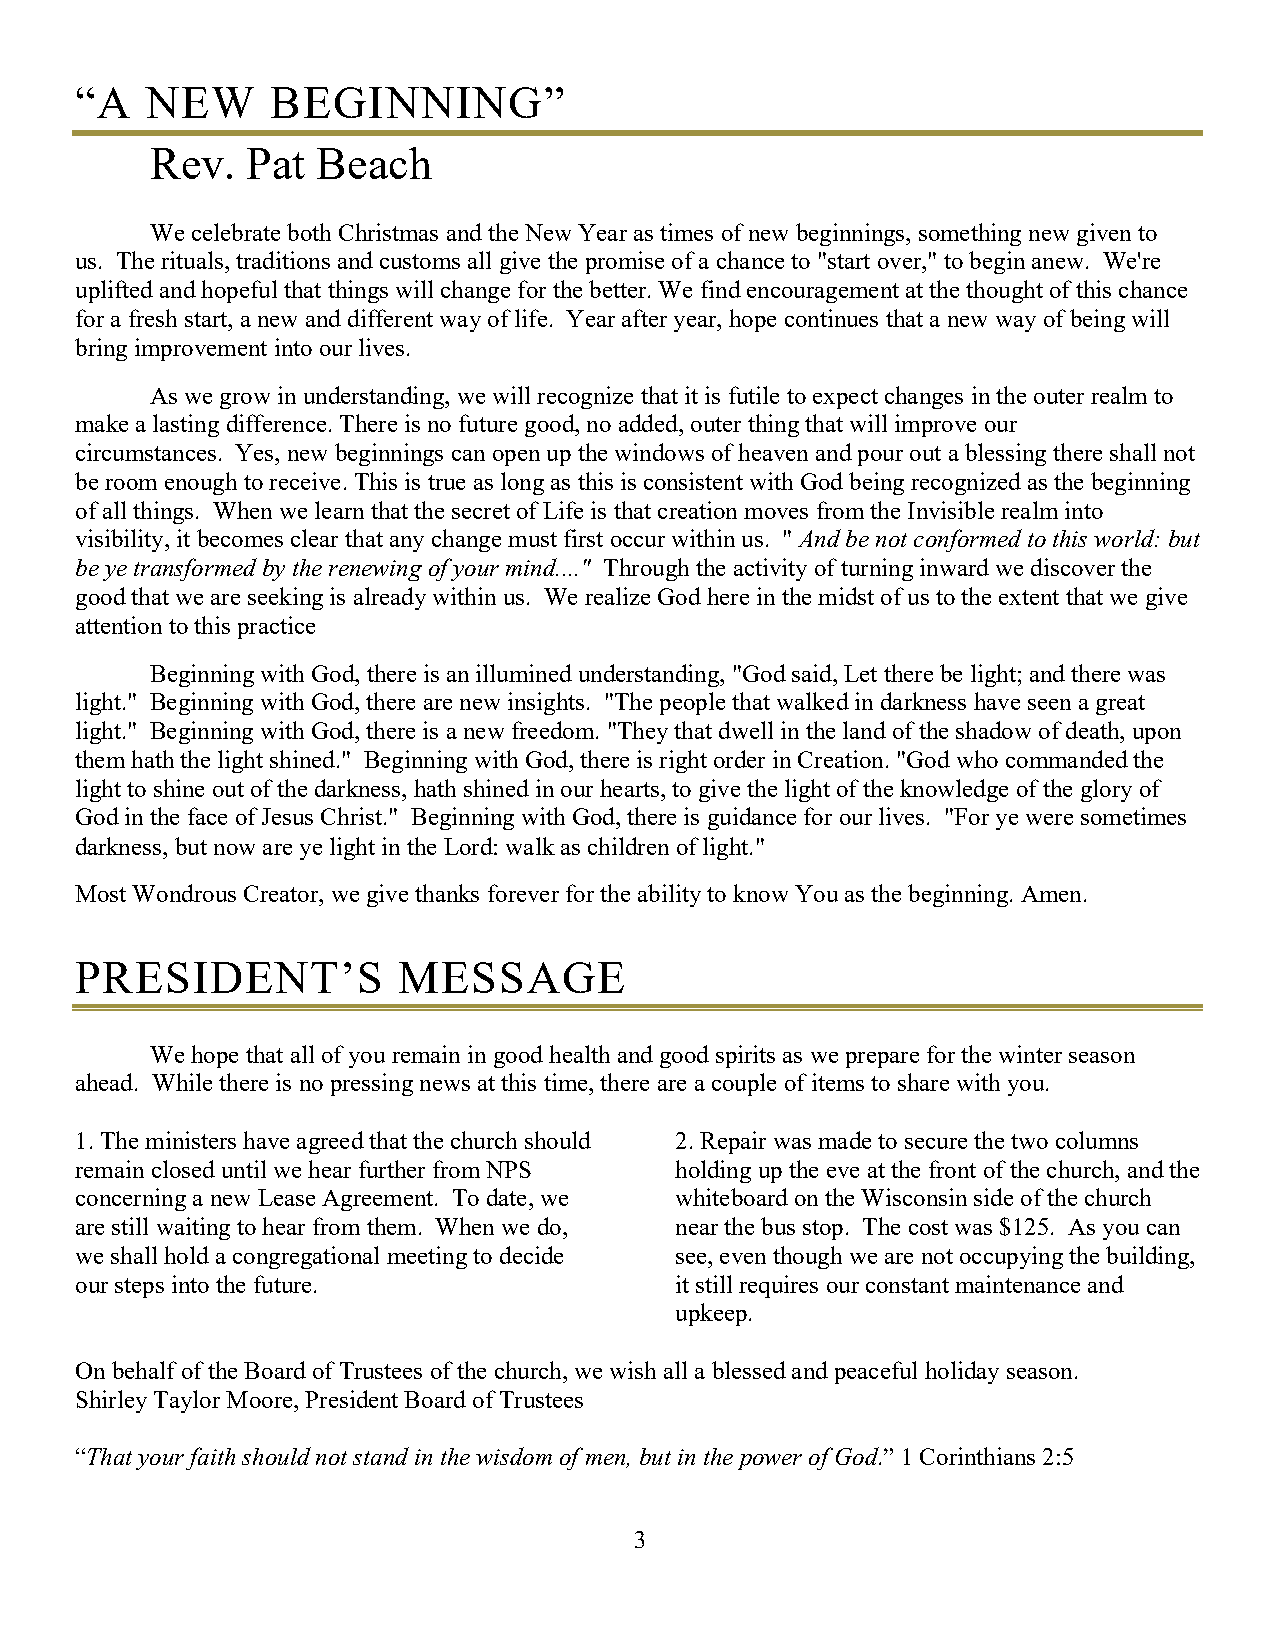
“A   NEW     BEGINNING”
 Rev.  Pat  Beach
 We celebrate both Christmas and the New Year as times of new beginnings, something new given to
 us. The rituals, traditions and customs all give the promise of a chance to "start over," to begin anew. We're
 uplifted and hopeful that things will change for the better. We find encouragement at the thought of this chance
 for a fresh start, a new and different way of life. Year after year, hope continues that a new way of being will
 bring improvement into our lives.
 As we grow in understanding, we will recognize that it is futile to expect changes in the outer realm to
 make a lasting difference. There is no future good, no added, outer thing that will improve our
 circumstances. Yes, new beginnings can open up the windows of heaven and pour out a blessing there shall not
 be room enough to receive. This is true as long as this is consistent with God being recognized as the beginning
 of all things. When we learn that the secret of Life is that creation moves from the Invisible realm into
 visibility, it becomes clear that any change must first occur within us. " And be not conformed to this world: but
 be ye transformed by the renewing of your mind...." Through the activity of turning inward we discover the
 good that we are seeking is already within us. We realize God here in the midst of us to the extent that we give
 attention to this practice
 Beginning with God, there is an illumined understanding, "God said, Let there be light; and there was
 light." Beginning with God, there are new insights. "The people that walked in darkness have seen a great
 light." Beginning with God, there is a new freedom. "They that dwell in the land of the shadow of death, upon
 them hath the light shined." Beginning with God, there is right order in Creation. "God who commanded the
 light to shine out of the darkness, hath shined in our hearts, to give the light of the knowledge of the glory of
 God in the face of Jesus Christ." Beginning with God, there is guidance for our lives. "For ye were sometimes
 darkness, but now are ye light in the Lord: walk as children of light."
 Most Wondrous Creator, we give thanks forever for the ability to know You as the beginning. Amen.
 PRESIDENT’S          MESSAGE
 We hope that all of you remain in good health and good spirits as we prepare for the winter season
 ahead. While there is no pressing news at this time, there are a couple of items to share with you.
 1. The ministers have agreed that the church should 2. Repair was made to secure the two columns
 remain closed until we hear further from NPS holding up the eve at the front of the church, and the
 concerning a new Lease Agreement. To date, we whiteboard on the Wisconsin side of the church
 are still waiting to hear from them. When we do, near the bus stop. The cost was $125. As you can
 we shall hold a congregational meeting to decide see, even though we are not occupying the building,
 our steps into the future.              it still requires our constant maintenance and
 upkeep.
 On behalf of the Board of Trustees of the church, we wish all a blessed and peaceful holiday season.
 Shirley Taylor Moore, President Board of Trustees
 “That your faith should not stand in the wisdom of men, but in the power of God.” 1 Corinthians 2:5
 3